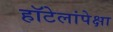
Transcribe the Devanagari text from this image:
हॉटेलांपेक्षा